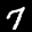
Label: 7